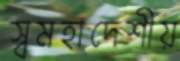
স্বমহাদেশীয়